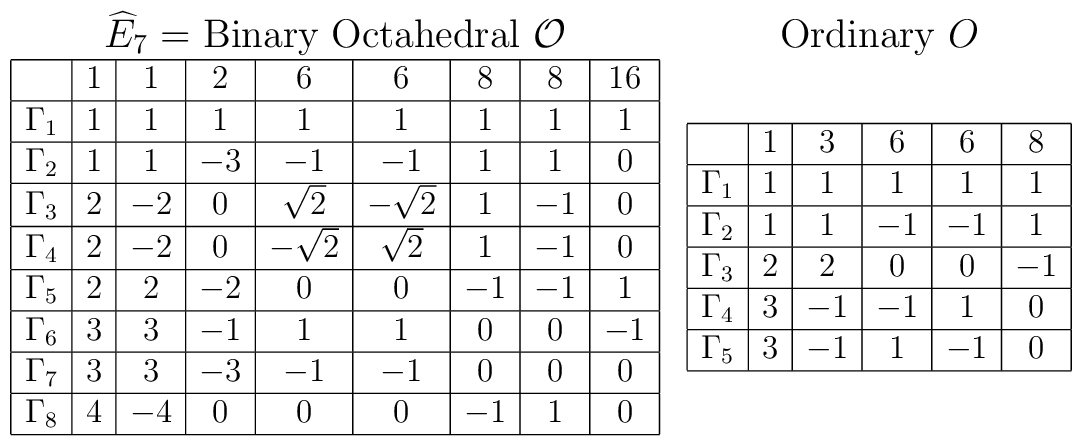
\begin{array}{cc}\mbox{{\large $\widehat{E}_{7}=$ Binary Octahedral $\cal{O}$}}&\mbox{{\large Ordinary $O$}}\\\begin{array}{|c|c|c|c|c|c|c|c|c|}\hline	& 1 & 1 & 2 & 6 & 6 & 8 & 8 & 16 \\ \hline\Gamma_{1} & 1 & 1 & 1 & 1 & 1 & 1 & 1 & 1 \\ \hline\Gamma_{2} & 1 & 1 & -3 & -1 & -1 & 1 & 1 & 0 \\ \hline\Gamma_{3} & 2 & -2 & 0 & \sqrt{2} & -\sqrt{2} & 1 & -1 & 0 \\ \hline\Gamma_{4} & 2 & -2 & 0 & -\sqrt{2} & \sqrt{2} & 1 & -1 & 0 \\ \hline\Gamma_{5} & 2 & 2 & -2 & 0 & 0 & -1 & -1 & 1 \\ \hline\Gamma_{6} & 3 & 3 & -1 & 1 & 1 & 0 & 0 & -1 \\ \hline\Gamma_{7} & 3 & 3 & -3 & -1 & -1 & 0 & 0 & 0 \\ \hline\Gamma_{8} & 4 & -4 & 0 & 0 & 0 & -1 & 1 & 0 \\ \hline\end{array}&\begin{array}{|c|c|c|c|c|c|}\hline	 & 1 & 3 & 6 & 6 & 8 \\ \hline\Gamma_1 & 1 & 1 & 1 & 1 & 1 \\ \hline\Gamma_2 & 1 & 1 & -1 & -1 & 1 \\ \hline\Gamma_3 & 2 & 2 & 0 & 0 & -1 \\ \hline\Gamma_4 & 3 & -1 & -1 & 1 & 0 \\ \hline\Gamma_5 & 3 & -1 & 1 & -1 & 0 \\ \hline\end{array}\end{array}